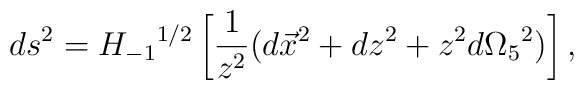
{ds}^2 = {H_{-1}}^{1/2} \left[ \frac{1}{z^2} (d\vec{x}^2 + dz^2 + z^2         d {\Omega_5}^2) \right],